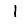
Digit: 1